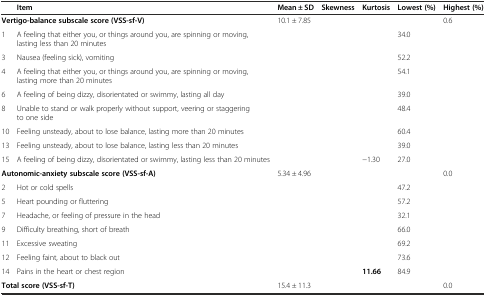
<table><thead><tr><td>[EMPTY_CELL]</td><td><b>Item</b></td><td><b>Mean ± SD</b></td><td><b>Skewness</b></td><td><b>Kurtosis</b></td><td><b>Lowest (%)</b></td><td><b>Highest (%)</b></td></tr></thead><tbody><tr><td colspan="2"><b>Vertigo-balance subscale score (VSS-sf-V)</b></td><td>10.1 ± 7.85</td><td>[EMPTY_CELL]</td><td>[EMPTY_CELL]</td><td>[EMPTY_CELL]</td><td>0.6</td></tr><tr><td>1</td><td>A feeling that either you, or things around you, are spinning or moving, lasting less than 20 minutes</td><td>[EMPTY_CELL]</td><td>[EMPTY_CELL]</td><td>[EMPTY_CELL]</td><td>34.0</td><td>[EMPTY_CELL]</td></tr><tr><td>3</td><td>Nausea (feeling sick), vomiting</td><td>[EMPTY_CELL]</td><td>[EMPTY_CELL]</td><td>[EMPTY_CELL]</td><td>52.2</td><td>[EMPTY_CELL]</td></tr><tr><td>4</td><td>A feeling that either you, or things around you, are spinning or moving, lasting more than 20 minutes</td><td>[EMPTY_CELL]</td><td>[EMPTY_CELL]</td><td>[EMPTY_CELL]</td><td>54.1</td><td>[EMPTY_CELL]</td></tr><tr><td>6</td><td>A feeling of being dizzy, disorientated or swimmy, lasting all day</td><td>[EMPTY_CELL]</td><td>[EMPTY_CELL]</td><td>[EMPTY_CELL]</td><td>39.0</td><td>[EMPTY_CELL]</td></tr><tr><td>8</td><td>Unable to stand or walk properly without support, veering or staggering to one side</td><td>[EMPTY_CELL]</td><td>[EMPTY_CELL]</td><td>[EMPTY_CELL]</td><td>48.4</td><td>[EMPTY_CELL]</td></tr><tr><td>10</td><td>Feeling unsteady, about to lose balance, lasting more than 20 minutes</td><td>[EMPTY_CELL]</td><td>[EMPTY_CELL]</td><td>[EMPTY_CELL]</td><td>60.4</td><td>[EMPTY_CELL]</td></tr><tr><td>13</td><td>Feeling unsteady, about to lose balance, lasting less than 20 minutes</td><td>[EMPTY_CELL]</td><td>[EMPTY_CELL]</td><td>[EMPTY_CELL]</td><td>39.0</td><td>[EMPTY_CELL]</td></tr><tr><td>15</td><td>A feeling of being dizzy, disorientated or swimmy, lasting less than 20 minutes</td><td>[EMPTY_CELL]</td><td>[EMPTY_CELL]</td><td>−1.30</td><td>27.0</td><td>[EMPTY_CELL]</td></tr><tr><td colspan="2"><b>Autonomic-anxiety subscale score (VSS-sf-A)</b></td><td>5.34 ± 4.96</td><td>[EMPTY_CELL]</td><td>[EMPTY_CELL]</td><td>[EMPTY_CELL]</td><td>0.0</td></tr><tr><td>2</td><td>Hot or cold spells</td><td>[EMPTY_CELL]</td><td>[EMPTY_CELL]</td><td>[EMPTY_CELL]</td><td>47.2</td><td>[EMPTY_CELL]</td></tr><tr><td>5</td><td>Heart pounding or fluttering</td><td>[EMPTY_CELL]</td><td>[EMPTY_CELL]</td><td>[EMPTY_CELL]</td><td>57.2</td><td>[EMPTY_CELL]</td></tr><tr><td>7</td><td>Headache, or feeling of pressure in the head</td><td>[EMPTY_CELL]</td><td>[EMPTY_CELL]</td><td>[EMPTY_CELL]</td><td>32.1</td><td>[EMPTY_CELL]</td></tr><tr><td>9</td><td>Difficulty breathing, short of breath</td><td>[EMPTY_CELL]</td><td>[EMPTY_CELL]</td><td>[EMPTY_CELL]</td><td>66.0</td><td>[EMPTY_CELL]</td></tr><tr><td>11</td><td>Excessive sweating</td><td>[EMPTY_CELL]</td><td>[EMPTY_CELL]</td><td>[EMPTY_CELL]</td><td>69.2</td><td>[EMPTY_CELL]</td></tr><tr><td>12</td><td>Feeling faint, about to black out</td><td>[EMPTY_CELL]</td><td>[EMPTY_CELL]</td><td>[EMPTY_CELL]</td><td>73.6</td><td>[EMPTY_CELL]</td></tr><tr><td>14</td><td>Pains in the heart or chest region</td><td>[EMPTY_CELL]</td><td>[EMPTY_CELL]</td><td><b>11.66</b></td><td>84.9</td><td>[EMPTY_CELL]</td></tr><tr><td colspan="2"><b>Total score (VSS-sf-T)</b></td><td>15.4 ± 11.3</td><td>[EMPTY_CELL]</td><td>[EMPTY_CELL]</td><td>[EMPTY_CELL]</td><td>0.0</td></tr></tbody></table>